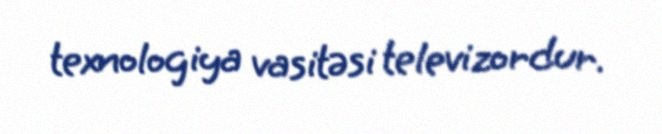
texnologiya vasitəsi televizordur.